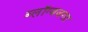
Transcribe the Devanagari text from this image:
ब्लॉग्जजगत